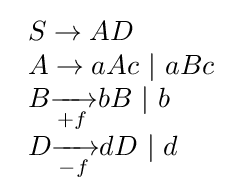
{\begin{array}{l}S\to AD\\A\to aAc~|~aBc\\B{\xrightarrow[{+f}]{}}bB~|~b\\D{\xrightarrow[{-f}]{}}dD~|~d\end{array}}